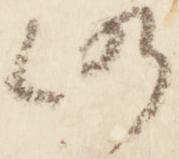
仍